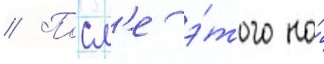
// Посл'е э́того на́